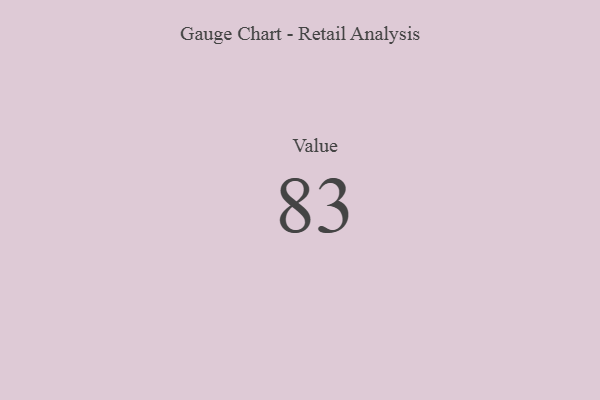
{"axis": {"x": "Metric", "y": "Value"}, "legend": [""], "data": [{"x": "Value", "y": 83, "type": ""}]}